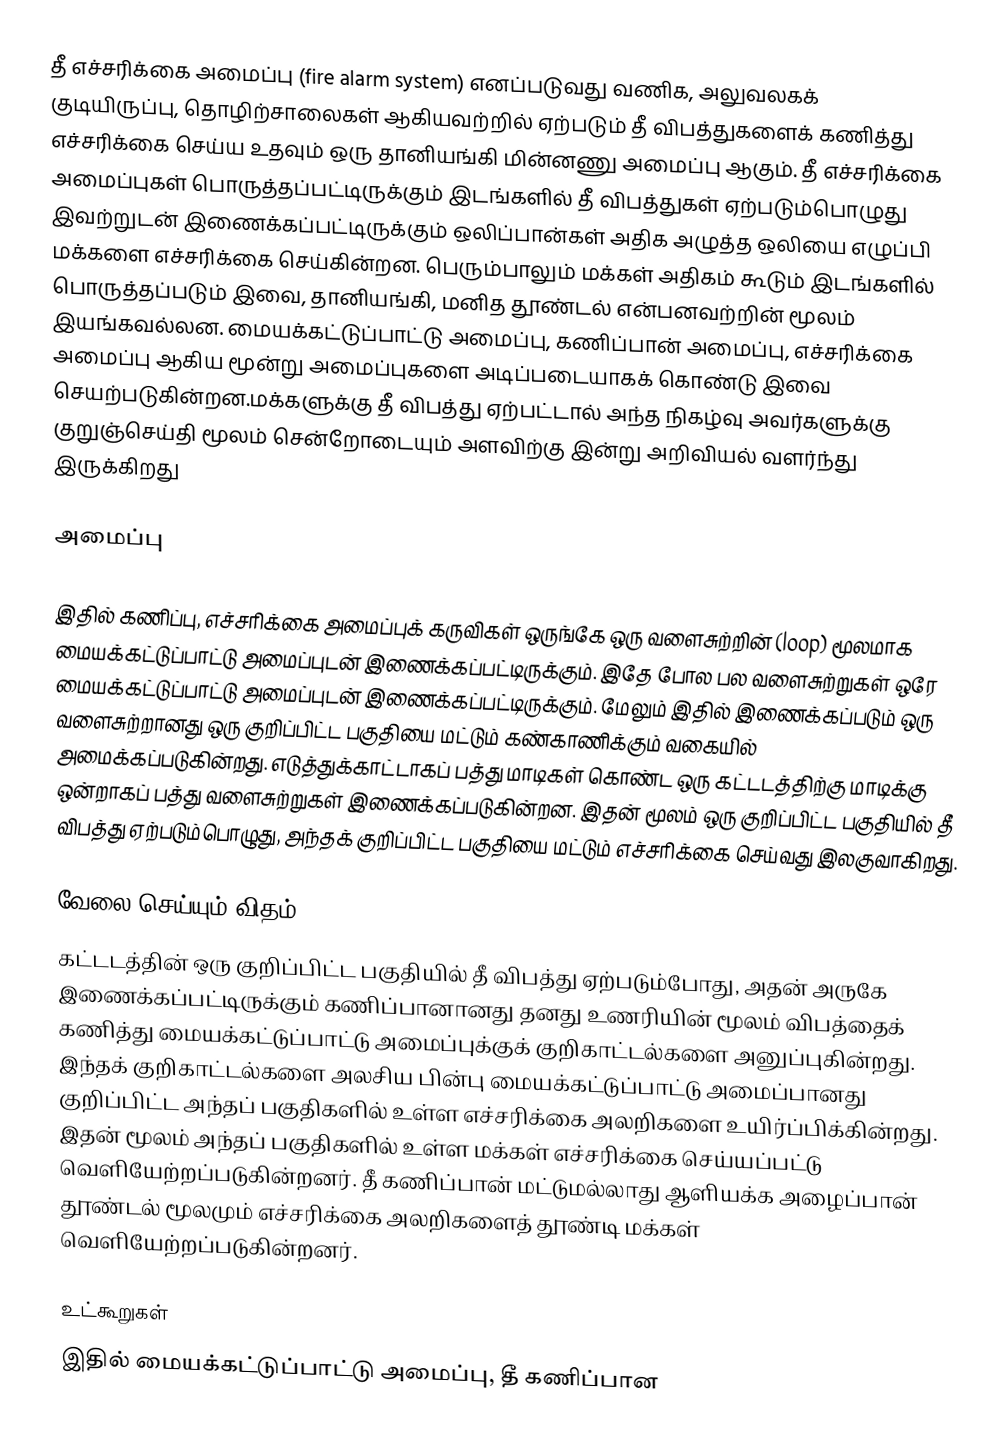
தீ எச்சரிக்கை அமைப்பு (fire alarm system) எனப்படுவது வணிக, அலுவலகக் குடியிருப்பு, தொழிற்சாலைகள் ஆகியவற்றில் ஏற்படும் தீ விபத்துகளைக் கணித்து எச்சரிக்கை செய்ய உதவும் ஒரு தானியங்கி மின்னணு அமைப்பு ஆகும். தீ எச்சரிக்கை அமைப்புகள் பொருத்தப்பட்டிருக்கும் இடங்களில் தீ விபத்துகள் ஏற்படும்பொழுது இவற்றுடன் இணைக்கப்பட்டிருக்கும் ஒலிப்பான்கள் அதிக அழுத்த ஒலியை எழுப்பி மக்களை எச்சரிக்கை செய்கின்றன. பெரும்பாலும் மக்கள் அதிகம் கூடும் இடங்களில் பொருத்தப்படும் இவை, தானியங்கி, மனித தூண்டல் என்பனவற்றின் மூலம் இயங்கவல்லன. மையக்கட்டுப்பாட்டு அமைப்பு, கணிப்பான் அமைப்பு, எச்சரிக்கை அமைப்பு ஆகிய மூன்று அமைப்புகளை அடிப்படையாகக் கொண்டு இவை செயற்படுகின்றன.மக்களுக்கு தீ விபத்து ஏற்பட்டால் அந்த நிகழ்வு அவர்களுக்கு குறுஞ்செய்தி மூலம் சென்றோடையும் அளவிற்கு இன்று அறிவியல் வளர்ந்து இருக்கிறது

அமைப்பு

இதில் கணிப்பு, எச்சரிக்கை அமைப்புக் கருவிகள் ஒருங்கே ஒரு வளைசுற்றின் (loop) மூலமாக மையக்கட்டுப்பாட்டு அமைப்புடன் இணைக்கப்பட்டிருக்கும். இதே போல பல வளைசுற்றுகள் ஒரே மையக்கட்டுப்பாட்டு அமைப்புடன் இணைக்கப்பட்டிருக்கும். மேலும் இதில் இணைக்கப்படும் ஒரு வளைசுற்றானது ஒரு குறிப்பிட்ட பகுதியை மட்டும் கண்காணிக்கும் வகையில் அமைக்கப்படுகின்றது. எடுத்துக்காட்டாகப் பத்து மாடிகள் கொண்ட ஒரு கட்டடத்திற்கு மாடிக்கு ஒன்றாகப் பத்து வளைசுற்றுகள் இணைக்கப்படுகின்றன. இதன் மூலம் ஒரு குறிப்பிட்ட பகுதியில் தீ விபத்து ஏற்படும்பொழுது, அந்தக் குறிப்பிட்ட பகுதியை மட்டும் எச்சரிக்கை செய்வது இலகுவாகிறது.

வேலை செய்யும் விதம்
கட்டடத்தின் ஒரு குறிப்பிட்ட பகுதியில் தீ விபத்து ஏற்படும்போது, அதன் அருகே இணைக்கப்பட்டிருக்கும் கணிப்பானானது தனது உணரியின் மூலம் விபத்தைக் கணித்து மையக்கட்டுப்பாட்டு அமைப்புக்குக் குறிகாட்டல்களை அனுப்புகின்றது. இந்தக் குறிகாட்டல்களை அலசிய பின்பு மையக்கட்டுப்பாட்டு அமைப்பானது குறிப்பிட்ட அந்தப் பகுதிகளில் உள்ள எச்சரிக்கை அலறிகளை உயிர்ப்பிக்கின்றது. இதன் மூலம் அந்தப் பகுதிகளில் உள்ள மக்கள் எச்சரிக்கை செய்யப்பட்டு வெளியேற்றப்படுகின்றனர். தீ கணிப்பான் மட்டுமல்லாது ஆளியக்க அழைப்பான் தூண்டல் மூலமும் எச்சரிக்கை அலறிகளைத் தூண்டி மக்கள் வெளியேற்றப்படுகின்றனர்.

உட்கூறுகள்
இதில் மையக்கட்டுப்பாட்டு அமைப்பு, தீ கணிப்பான